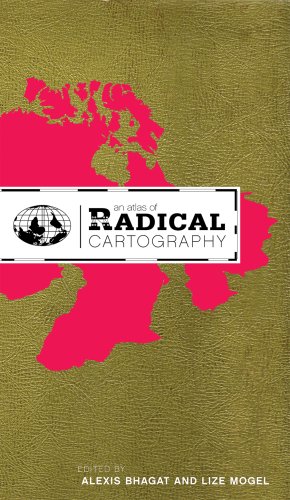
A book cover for An Atlas of Radical Cartography; Avery Gordon; Science & Math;